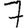
Digit: 7